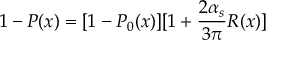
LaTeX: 1 - P ( x ) = [ 1 - P _ { 0 } ( x ) ] [ 1 + { \frac { 2 \alpha _ { s } } { 3 \pi } } R ( x ) ]